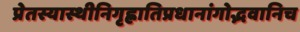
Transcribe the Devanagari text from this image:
प्रेतस्यास्थीनिगृह्णातिप्रधानांगोद्भवानिच